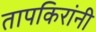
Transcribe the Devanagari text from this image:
तापकिरांनी